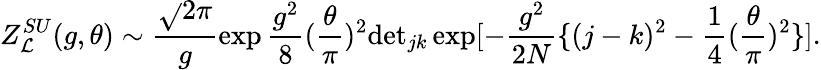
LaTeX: Z_{\mathcal{L}}^{SU}(g,\theta)\sim\frac{{\sqrt{}{{2\pi}}}}{{g}}\exp\frac{{g^{2}}}{{8}}(\frac{{\theta}}{{\pi}})^{2}\mathrm{{det}}_{jk}\exp[-\frac{{g^{2}}}{{2N}}\{ (j-k)^{2}-\frac{{1}}{{4}}(\frac{{\theta}}{{\pi}})^{2}\} ].